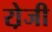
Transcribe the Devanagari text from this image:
रो़जी